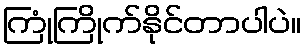
ကြုံကြိုက်နိုင်တာပါပဲ။